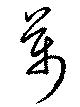
萬